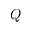
Q